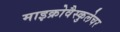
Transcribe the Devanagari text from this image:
माइक्रोवैस्कुलेचर